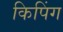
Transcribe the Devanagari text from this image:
किपिंग